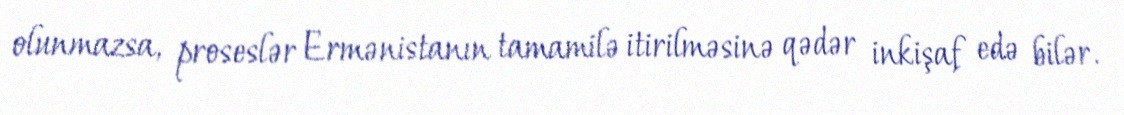
olunmazsa, proseslər Ermənistanın tamamilə itirilməsinə qədər inkişaf edə bilər.